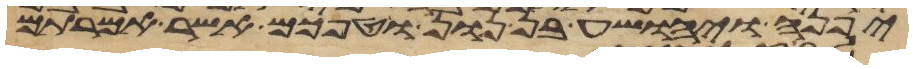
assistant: יפנה ויהושע בן נון וטפכם אשר אמרתם